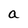
Character: a